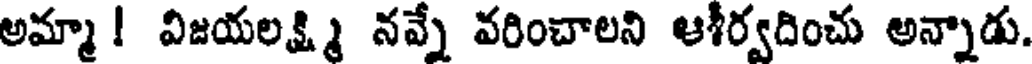
అమ్మా ! విజయలక్ష్మి నవ్నే వరించాలని ఆశీర్వదించు అన్నాడు.